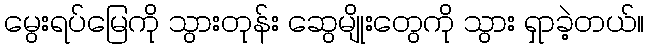
မွေးရပ်မြေကို သွားတုန်း ဆွေမျိုးတွေကို သွား ရှာခဲ့တယ်။